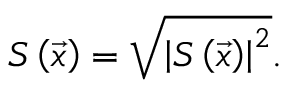
S \left( \vec { x } \right) = \sqrt { \left| S \left( \vec { x } \right) \right| ^ { 2 } } .